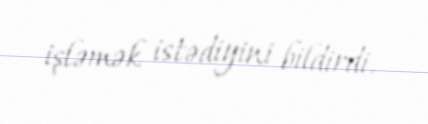
işləmək istədiyini bildirdi.